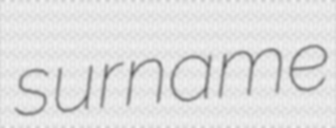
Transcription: surname